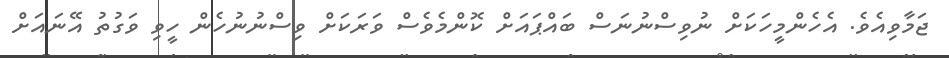
ޖަމާވިއެވެ. އެހެންމީހަކަށް ނުވިސްނުނަސް ބައްޕައަށް ކޮންމެވެސް ވަރަކަށް ވިސްނުނުހެން ހީވި ވަގުތު އޭނައަށް